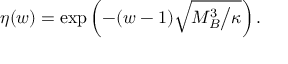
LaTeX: \eta ( w ) = \exp \left( - ( w - 1 ) \sqrt { M _ { B } ^ { 3 } \big / \kappa } \right) .